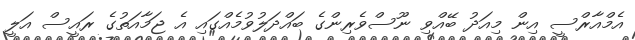
އެމްއާރްސީ އިން މިއަދު ބޭއްވި ނޫސްވެރިންގެ ބައްދަލުވުމެއްގައި އެ ޖަމާއަތުގެ ރައީސް އަލީ